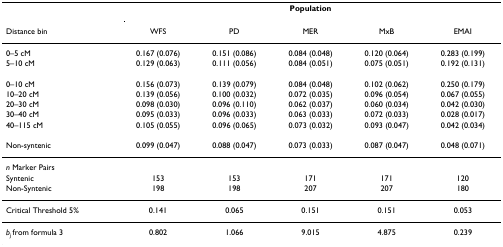
<table><thead><tr><td></td><td colspan="5"><b>Population</b></td></tr><tr><td><b>Distance bin</b></td><td><b>WFS</b></td><td><b>PD</b></td><td><b>MER</b></td><td><b>MxB</b></td><td><b>EMAI</b></td></tr></thead><tbody><tr><td>0–5 cM</td><td>0.167 (0.076)</td><td>0.151 (0.086)</td><td>0.084 (0.048)</td><td>0.120 (0.064)</td><td>0.283 (0.199)</td></tr><tr><td>5–10 cM</td><td>0.129 (0.063)</td><td>0.111 (0.056)</td><td>0.084 (0.051)</td><td>0.075 (0.051)</td><td>0.192 (0.131)</td></tr><tr><td>0–10 cM</td><td>0.156 (0.073)</td><td>0.139 (0.079)</td><td>0.084 (0.048)</td><td>0.102 (0.062)</td><td>0.250 (0.179)</td></tr><tr><td>10–20 cM</td><td>0.139 (0.056)</td><td>0.100 (0.032)</td><td>0.072 (0.035)</td><td>0.096 (0.054)</td><td>0.067 (0.055)</td></tr><tr><td>20–30 cM</td><td>0.098 (0.030)</td><td>0.096 (0.110)</td><td>0.062 (0.037)</td><td>0.060 (0.034)</td><td>0.042 (0.030)</td></tr><tr><td>30–40 cM</td><td>0.095 (0.033)</td><td>0.096 (0.033)</td><td>0.063 (0.033)</td><td>0.072 (0.033)</td><td>0.028 (0.017)</td></tr><tr><td>40–115 cM</td><td>0.105 (0.055)</td><td>0.096 (0.065)</td><td>0.073 (0.032)</td><td>0.093 (0.047)</td><td>0.042 (0.034)</td></tr><tr><td>Non-syntenic</td><td>0.099 (0.047)</td><td>0.088 (0.047)</td><td>0.073 (0.033)</td><td>0.087 (0.047)</td><td>0.048 (0.071)</td></tr><tr><td><i>n </i>Marker Pairs</td><td></td><td></td><td></td><td></td><td></td></tr><tr><td>Syntenic</td><td>153</td><td>153</td><td>171</td><td>171</td><td>120</td></tr><tr><td>Non-Syntenic</td><td>198</td><td>198</td><td>207</td><td>207</td><td>180</td></tr><tr><td>Critical Threshold 5%</td><td>0.141</td><td>0.065</td><td>0.151</td><td>0.151</td><td>0.053</td></tr><tr><td><i>b</i><sub><i>j </i></sub>from formula 3</td><td>0.802</td><td>1.066</td><td>9.015</td><td>4.875</td><td>0.239</td></tr></tbody></table>